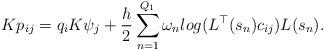
LaTeX: \begin{align*}K p_{ij}=q_iK \psi_j + \frac{h}{2} \sum_{n=1}^{Q_1} \omega_n log(L^\top(s_n)c_{ij})L(s_n).\end{align*}